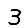
Digit: 3